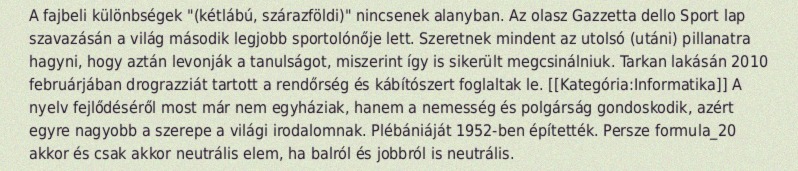
A fajbeli különbségek "(kétlábú, szárazföldi)" nincsenek alanyban. Az olasz Gazzetta dello Sport lap szavazásán a világ második legjobb sportolónője lett. Szeretnek mindent az utolsó (utáni) pillanatra hagyni, hogy aztán levonják a tanulságot, miszerint így is sikerült megcsinálniuk. Tarkan lakásán 2010 februárjában drograzziát tartott a rendőrség és kábítószert foglaltak le. [[Kategória:Informatika]] A nyelv fejlődéséről most már nem egyháziak, hanem a nemesség és polgárság gondoskodik, azért egyre nagyobb a szerepe a világi irodalomnak. Plébániáját 1952-ben építették. Persze formula_20 akkor és csak akkor neutrális elem, ha balról és jobbról is neutrális.